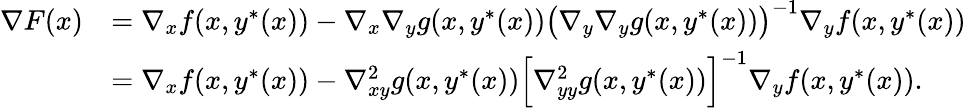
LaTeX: \begin{array}{rl}{\nabla F(x)}&{=\nabla_{x}f(x,y^{*}(x))-\nabla_{x}\nabla_{y}g(x,y^{*}(x))\big(\nabla_{y}\nabla_{y}g(x,y^{*}(x))\big)^{-1}\nabla_{y}f(x,y^{*}(x))}\\ &{=\nabla_{x}f(x,y^{*}(x))-\nabla_{xy}^{2}g(x,y^{*}(x))\Big[\nabla_{yy}^{2}g(x,y^{*}(x))\Big]^{-1}\nabla_{y}f(x,y^{*}(x)).}\end{array}